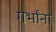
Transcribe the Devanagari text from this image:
गर्भांना